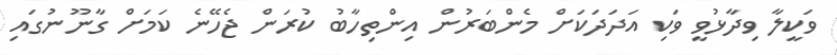
ވަކީލާ ވިދާޅުވީ ވަކި އަދަދަކަށް މެންބަރުން އިންތިހާބު ކުރަން ޖެހޭނެ ކަމަށް ގާނޫނުގައި